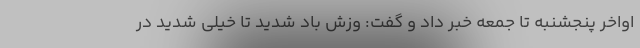
اواخر پنجشنبه تا جمعه خبر داد و گفت: وزش باد شدید تا خیلی شدید در